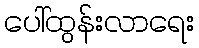
ပေါ်ထွန်းလာရေး